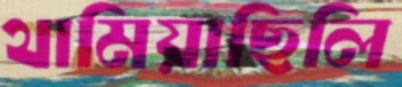
থামিয়াছিলি